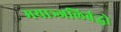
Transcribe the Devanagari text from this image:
मयाञ्जलिर्बद्धो